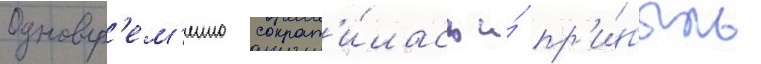
Одновр'ем'енно сократ'и́лась и́ пр'и́быль